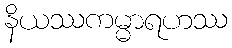
နိယဿကမ္မာရဟဿ